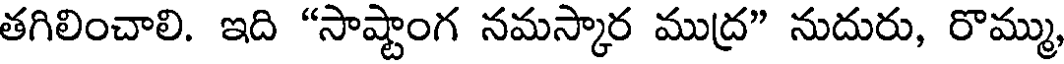
తగిలించాలి. ఇది "సాష్టాంగ నమస్కార ముద్ర" నుదురు, రొమ్ము,